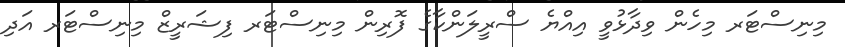
މިނިސްޓަރ މިހެން ވިދާޅުވީ އިއްޔެ ސްރީލަންކާގެ ފޮރިން މިނިސްޓަރ ފިޝަރީޒް މިނިސްޓަރ އަދި